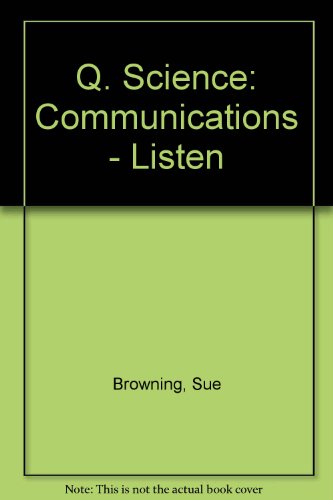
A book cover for Q. Science: Communications - Listen; Sue Browning; Children's Books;